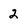
Character: 2